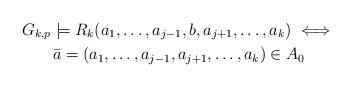
LaTeX: \begin{gather*}G_{k,p} \models R_k(a_1, \ldots , a_{j-1}, b, a_{j+1}, \ldots, a_{k}) \iff\\ \bar{a} = (a_1, \ldots, a_{j-1}, a_{j+1}, \ldots, a_k) \in A_0\end{gather*}